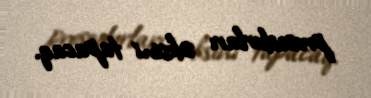
prosedurları əksini tapacaq.